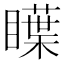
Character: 瞸